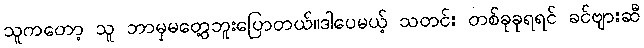
သူကတော့ သူ ဘာမှမတွေ့ဘူးပြောတယ်။ဒါပေမယ့် သတင်း တစ်ခုခုရရင် ခင်ဗျားဆီ